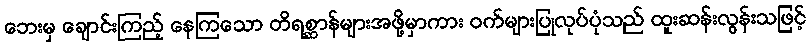
ဘေးမှ ချောင်းကြည့် နေကြသော တိရစ္ဆာန်များအဖို့မှာကား ဝက်များပြုလုပ်ပုံသည် ထူးဆန်းလွန်းသဖြင့်